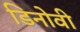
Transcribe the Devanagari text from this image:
डिनोवी